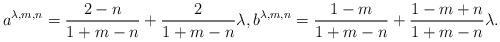
LaTeX: \begin{align*} a^{\lambda,m,n}= \frac{2-n}{1+m-n} + \frac{2}{1+m-n}\lambda, b^{\lambda,m,n}= \frac{1-m}{1+m-n} + \frac{1-m+n}{1+m-n} \lambda.\end{align*}